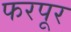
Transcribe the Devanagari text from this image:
फरपूर